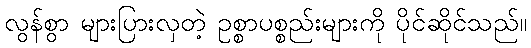
လွန်စွာ များပြားလှတဲ့ ဥစ္စာပစ္စည်းများကို ပိုင်ဆိုင်သည်။